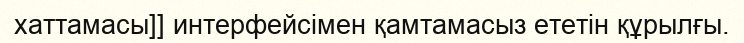
хаттамасы]] интерфейсімен қамтамасыз ететін құрылғы.